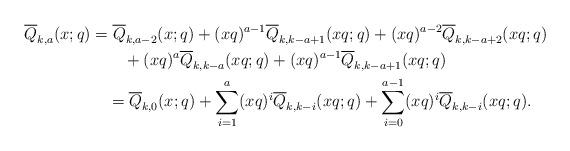
LaTeX: \begin{align*}\overline{Q}_{k,a}(x;q)&=\overline{Q}_{k,a-2}(x;q)+(xq)^{a-1}\overline{Q}_{k,k-a+1}(xq;q)+(xq)^{a-2}\overline{Q}_{k,k-a+2}(xq;q) \\&\qquad+(xq)^a\overline{Q}_{k,k-a}(xq;q)+(xq)^{a-1}\overline{Q}_{k,k-a+1}(xq;q) \\&\quad=\overline{Q}_{k,0}(x;q)+\sum_{i=1}^a(xq)^i\overline{Q}_{k,k-i}(xq;q)+\sum_{i=0}^{a-1}(xq)^i\overline{Q}_{k,k-i}(xq;q). \end{align*}